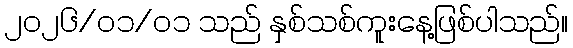
၂၀၂၆/၀၁/၀၁ သည် နှစ်သစ်ကူးနေ့ဖြစ်ပါသည်။